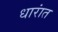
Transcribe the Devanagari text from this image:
धारांत